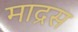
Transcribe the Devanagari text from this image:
माद्रस